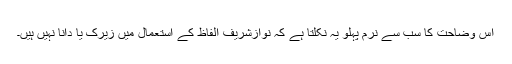
اس وضاحت کا سب سے نرم پہلو یہ نکلتا ہے کہ نوازشریف الفاظ کے استعمال میں زیرک یا دانا نہیں ہیں۔